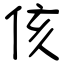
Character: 侅